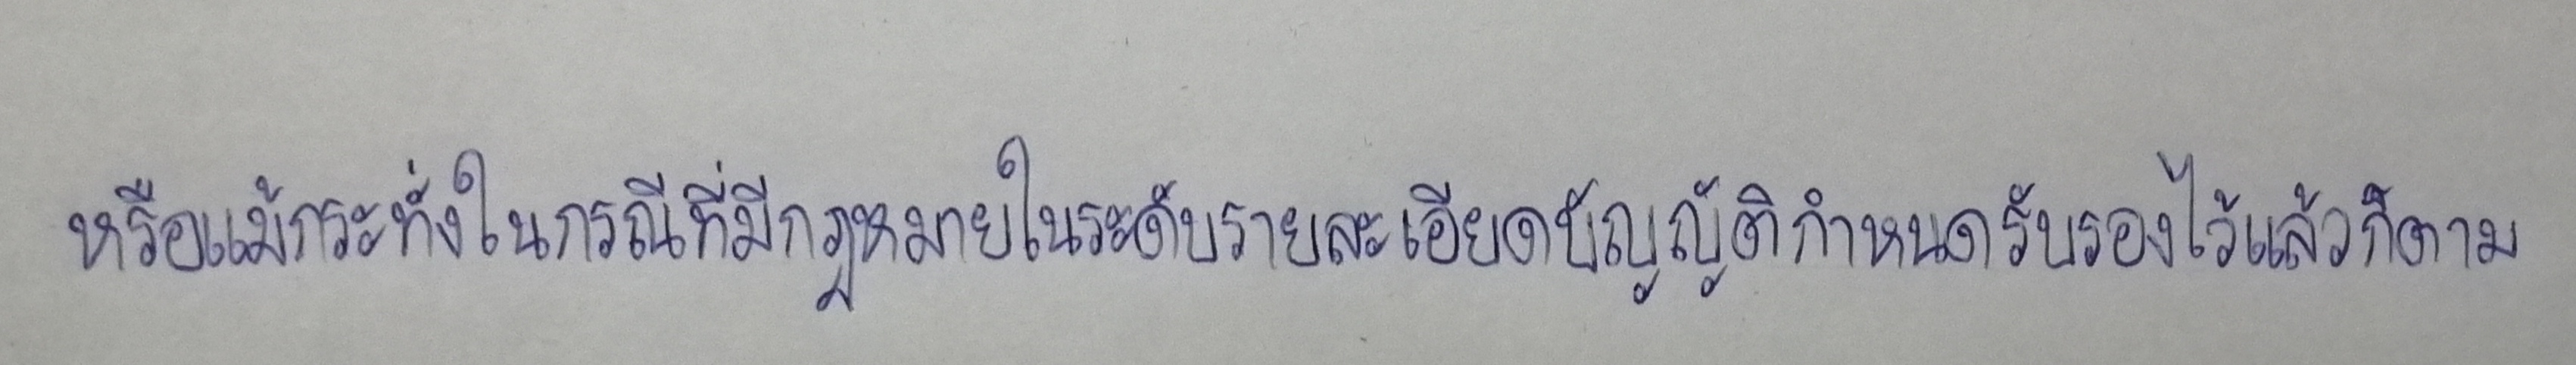
หรือแม้กระทั่งในกรณีที่มีกฎหมายในระดับรายละเอียดบัญญัติกำหนดรับรองไว้แล้วก็ตาม